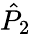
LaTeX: {\hat{P}}_{2}